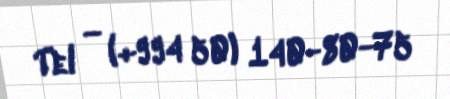
Tel — (+994 50) 140-80-75